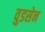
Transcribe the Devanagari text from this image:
वुडसेन